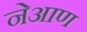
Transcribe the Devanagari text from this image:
नेआण